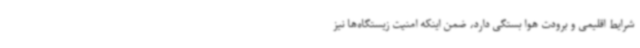
شرایط اقلیمی و برودت هوا بستگی دارد، ضمن اینکه امنیت زیستگاه‌ها نیز